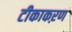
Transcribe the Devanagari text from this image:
टीकाकऱण